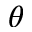
\theta